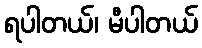
ရပါတယ်၊ မီပါတယ်